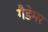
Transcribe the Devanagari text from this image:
गैडेमर